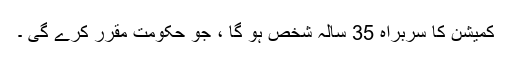
کمیشن کا سربراہ 35 سالہ شخص ہو گا ، جو حکومت مقرر کرے گی ۔